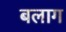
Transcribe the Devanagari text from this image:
बलाग